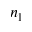
n _ { 1 }